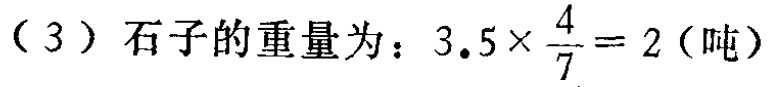
（3）石子的重量为：\(3.5\times \frac{4}{7}=2\)（吨）